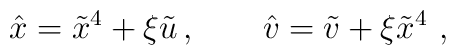
\hat{x}=\tilde{x}^{4} + \xi \tilde{u}\,  , \qquad\hat  v = \tilde v  + \xi  \tilde x^4 \ ,